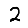
Digit: 2